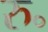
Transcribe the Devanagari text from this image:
रु॰